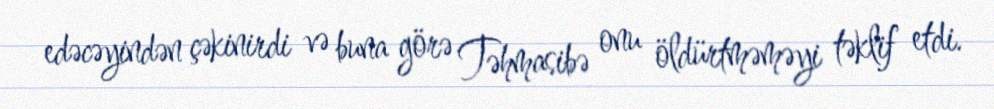
edəcəyindən çəkinirdi və buna görə Təhmasibə onu öldürtməməyi təklif etdi.